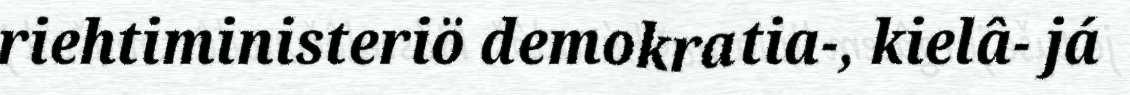
riehtiministeriö demokratia-, kielâ- já